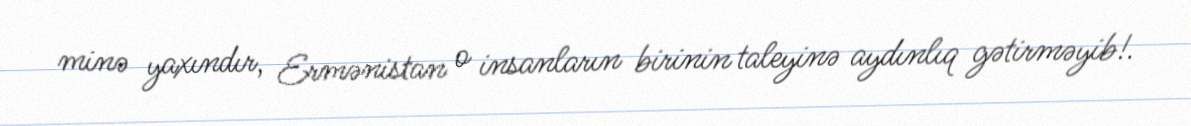
minə yaxındır, Ermənistan o insanların birinin taleyinə aydınlıq gətirməyib!.